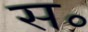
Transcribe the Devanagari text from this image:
स॰